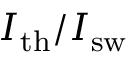
I _ { \mathrm { t h } } / I _ { \mathrm { s w } }